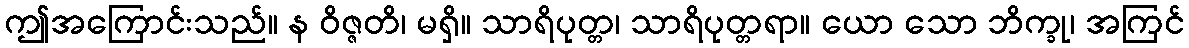
ဤအကြောင်းသည်။ န ဝိဇ္ဇတိ၊ မရှိ။ သာရိပုတ္တ၊ သာရိပုတ္တရာ။ ယော သော ဘိက္ခု၊ အကြင်